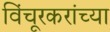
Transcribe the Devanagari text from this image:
विंचूरकरांच्या